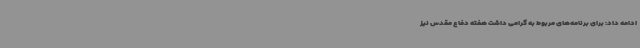
ادامه داد: برای برنامه‌های مربوط به گرامی داشت هفته دفاع مقدس نیز